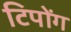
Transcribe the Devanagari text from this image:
टिपोंग